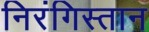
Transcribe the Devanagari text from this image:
निरंगिस्तान